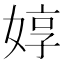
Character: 𱙛